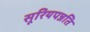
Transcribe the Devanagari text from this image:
सूरियपन्नति